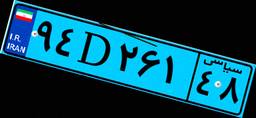
۹۴D۲۶۱۴۸